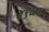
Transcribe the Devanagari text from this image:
४९५०